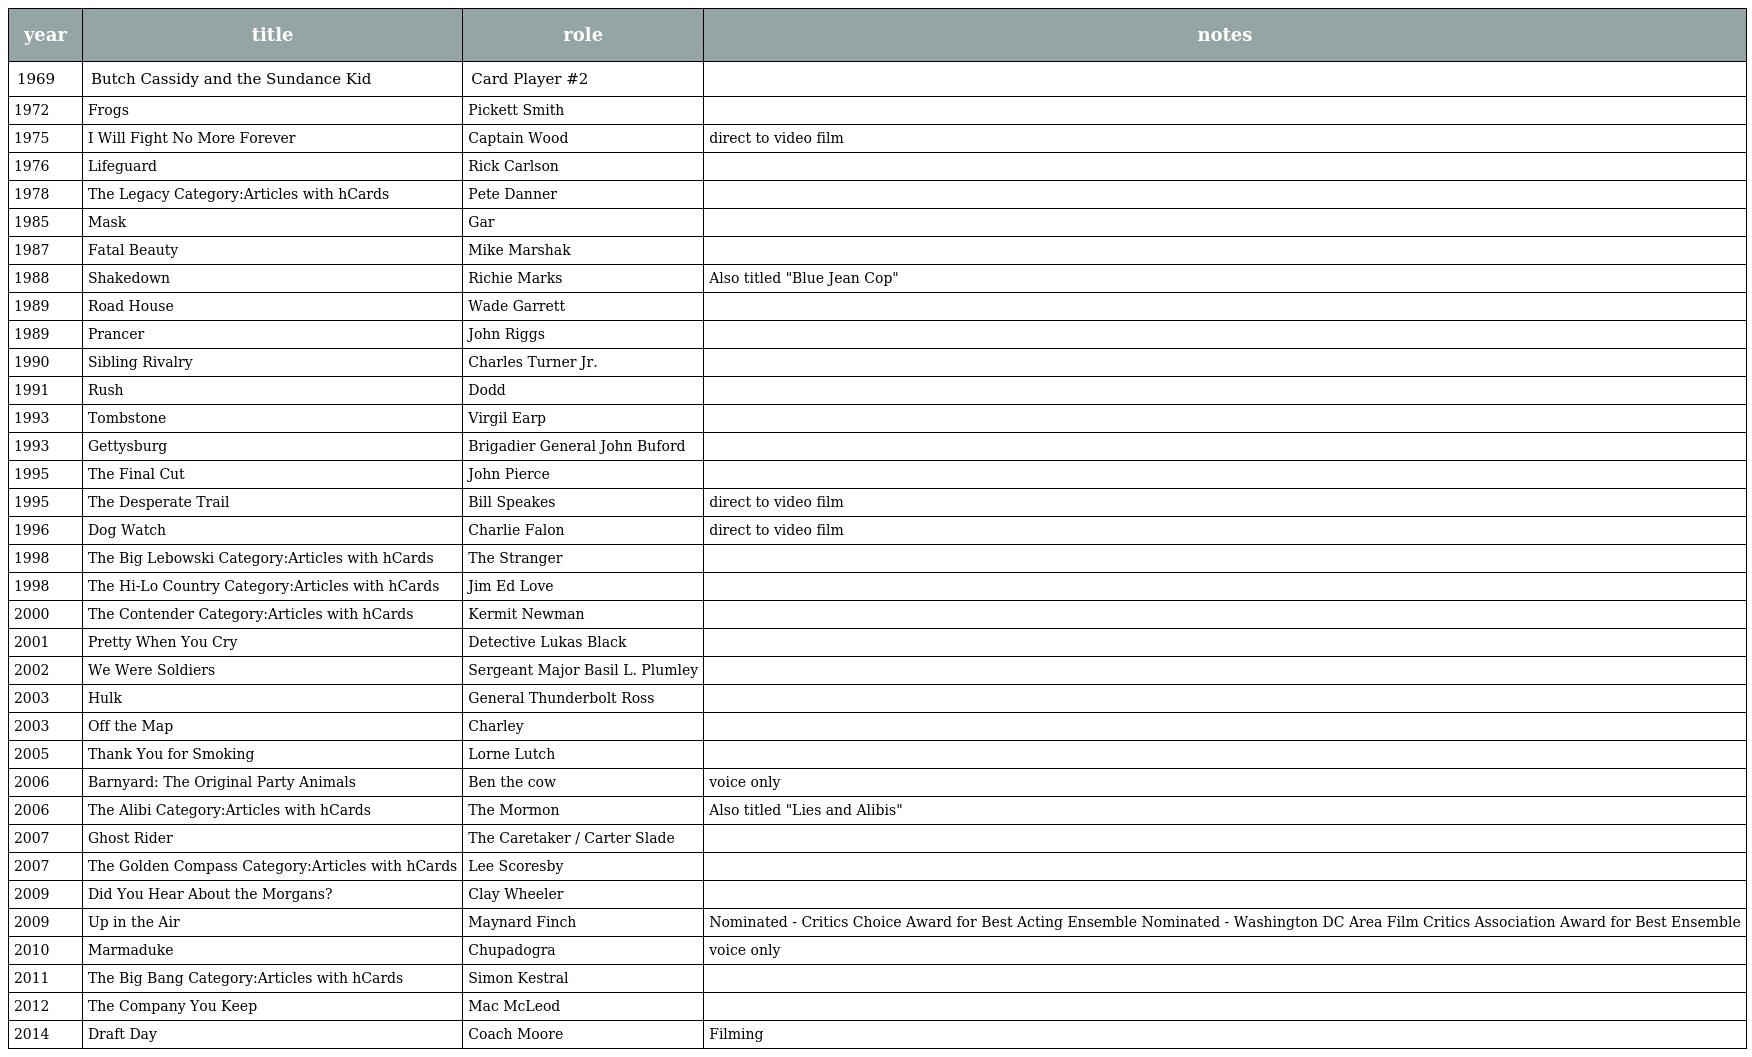
| year | title | role | notes |
 | --- | --- | --- | --- |
 | 1969 | Butch Cassidy and the Sundance Kid | Card Player #2 |  |
 | 1972 | Frogs | Pickett Smith |  |
 | 1975 | I Will Fight No More Forever | Captain Wood | direct to video film |
 | 1976 | Lifeguard | Rick Carlson |  |
 | 1978 | The Legacy Category:Articles with hCards | Pete Danner |  |
 | 1985 | Mask | Gar |  |
 | 1987 | Fatal Beauty | Mike Marshak |  |
 | 1988 | Shakedown | Richie Marks | Also titled "Blue Jean Cop" |
 | 1989 | Road House | Wade Garrett |  |
 | 1989 | Prancer | John Riggs |  |
 | 1990 | Sibling Rivalry | Charles Turner Jr. |  |
 | 1991 | Rush | Dodd |  |
 | 1993 | Tombstone | Virgil Earp |  |
 | 1993 | Gettysburg | Brigadier General John Buford |  |
 | 1995 | The Final Cut | John Pierce |  |
 | 1995 | The Desperate Trail | Bill Speakes | direct to video film |
 | 1996 | Dog Watch | Charlie Falon | direct to video film |
 | 1998 | The Big Lebowski Category:Articles with hCards | The Stranger |  |
 | 1998 | The Hi-Lo Country Category:Articles with hCards | Jim Ed Love |  |
 | 2000 | The Contender Category:Articles with hCards | Kermit Newman |  |
 | 2001 | Pretty When You Cry | Detective Lukas Black |  |
 | 2002 | We Were Soldiers | Sergeant Major Basil L. Plumley |  |
 | 2003 | Hulk | General Thunderbolt Ross |  |
 | 2003 | Off the Map | Charley |  |
 | 2005 | Thank You for Smoking | Lorne Lutch |  |
 | 2006 | Barnyard: The Original Party Animals | Ben the cow | voice only |
 | 2006 | The Alibi Category:Articles with hCards | The Mormon | Also titled "Lies and Alibis" |
 | 2007 | Ghost Rider | The Caretaker / Carter Slade |  |
 | 2007 | The Golden Compass Category:Articles with hCards | Lee Scoresby |  |
 | 2009 | Did You Hear About the Morgans? | Clay Wheeler |  |
 | 2009 | Up in the Air | Maynard Finch | Nominated - Critics Choice Award for Best Acting Ensemble Nominated - Washington DC Area Film Critics Association Award for Best Ensemble |
 | 2010 | Marmaduke | Chupadogra | voice only |
 | 2011 | The Big Bang Category:Articles with hCards | Simon Kestral |  |
 | 2012 | The Company You Keep | Mac McLeod |  |
 | 2014 | Draft Day | Coach Moore | Filming |